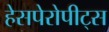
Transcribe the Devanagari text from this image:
हेसपेरोपीट्स